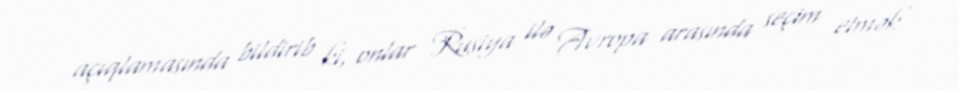
açıqlamasında bildirib ki, onlar Rusiya ilə Avropa arasında seçim etmək